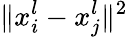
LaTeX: \Vert{x_{i}^{l}-x_{j}^{l}}\Vert^{2}